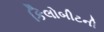
કિલોબીટની